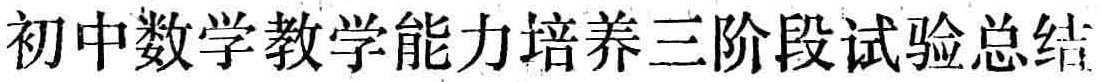
初中数学教学能力培养三阶段试验总结